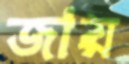
জায়